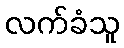
လက်ခံသူ